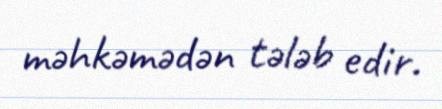
məhkəmədən tələb edir.